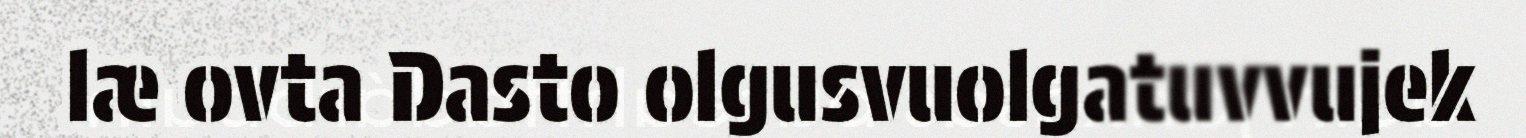
læ ovta Dasto olgusvuolgatuvvujek